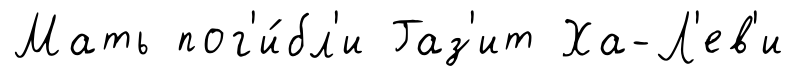
Мать пог'и́бл'и Газ'ит Ха-Л'ев'и